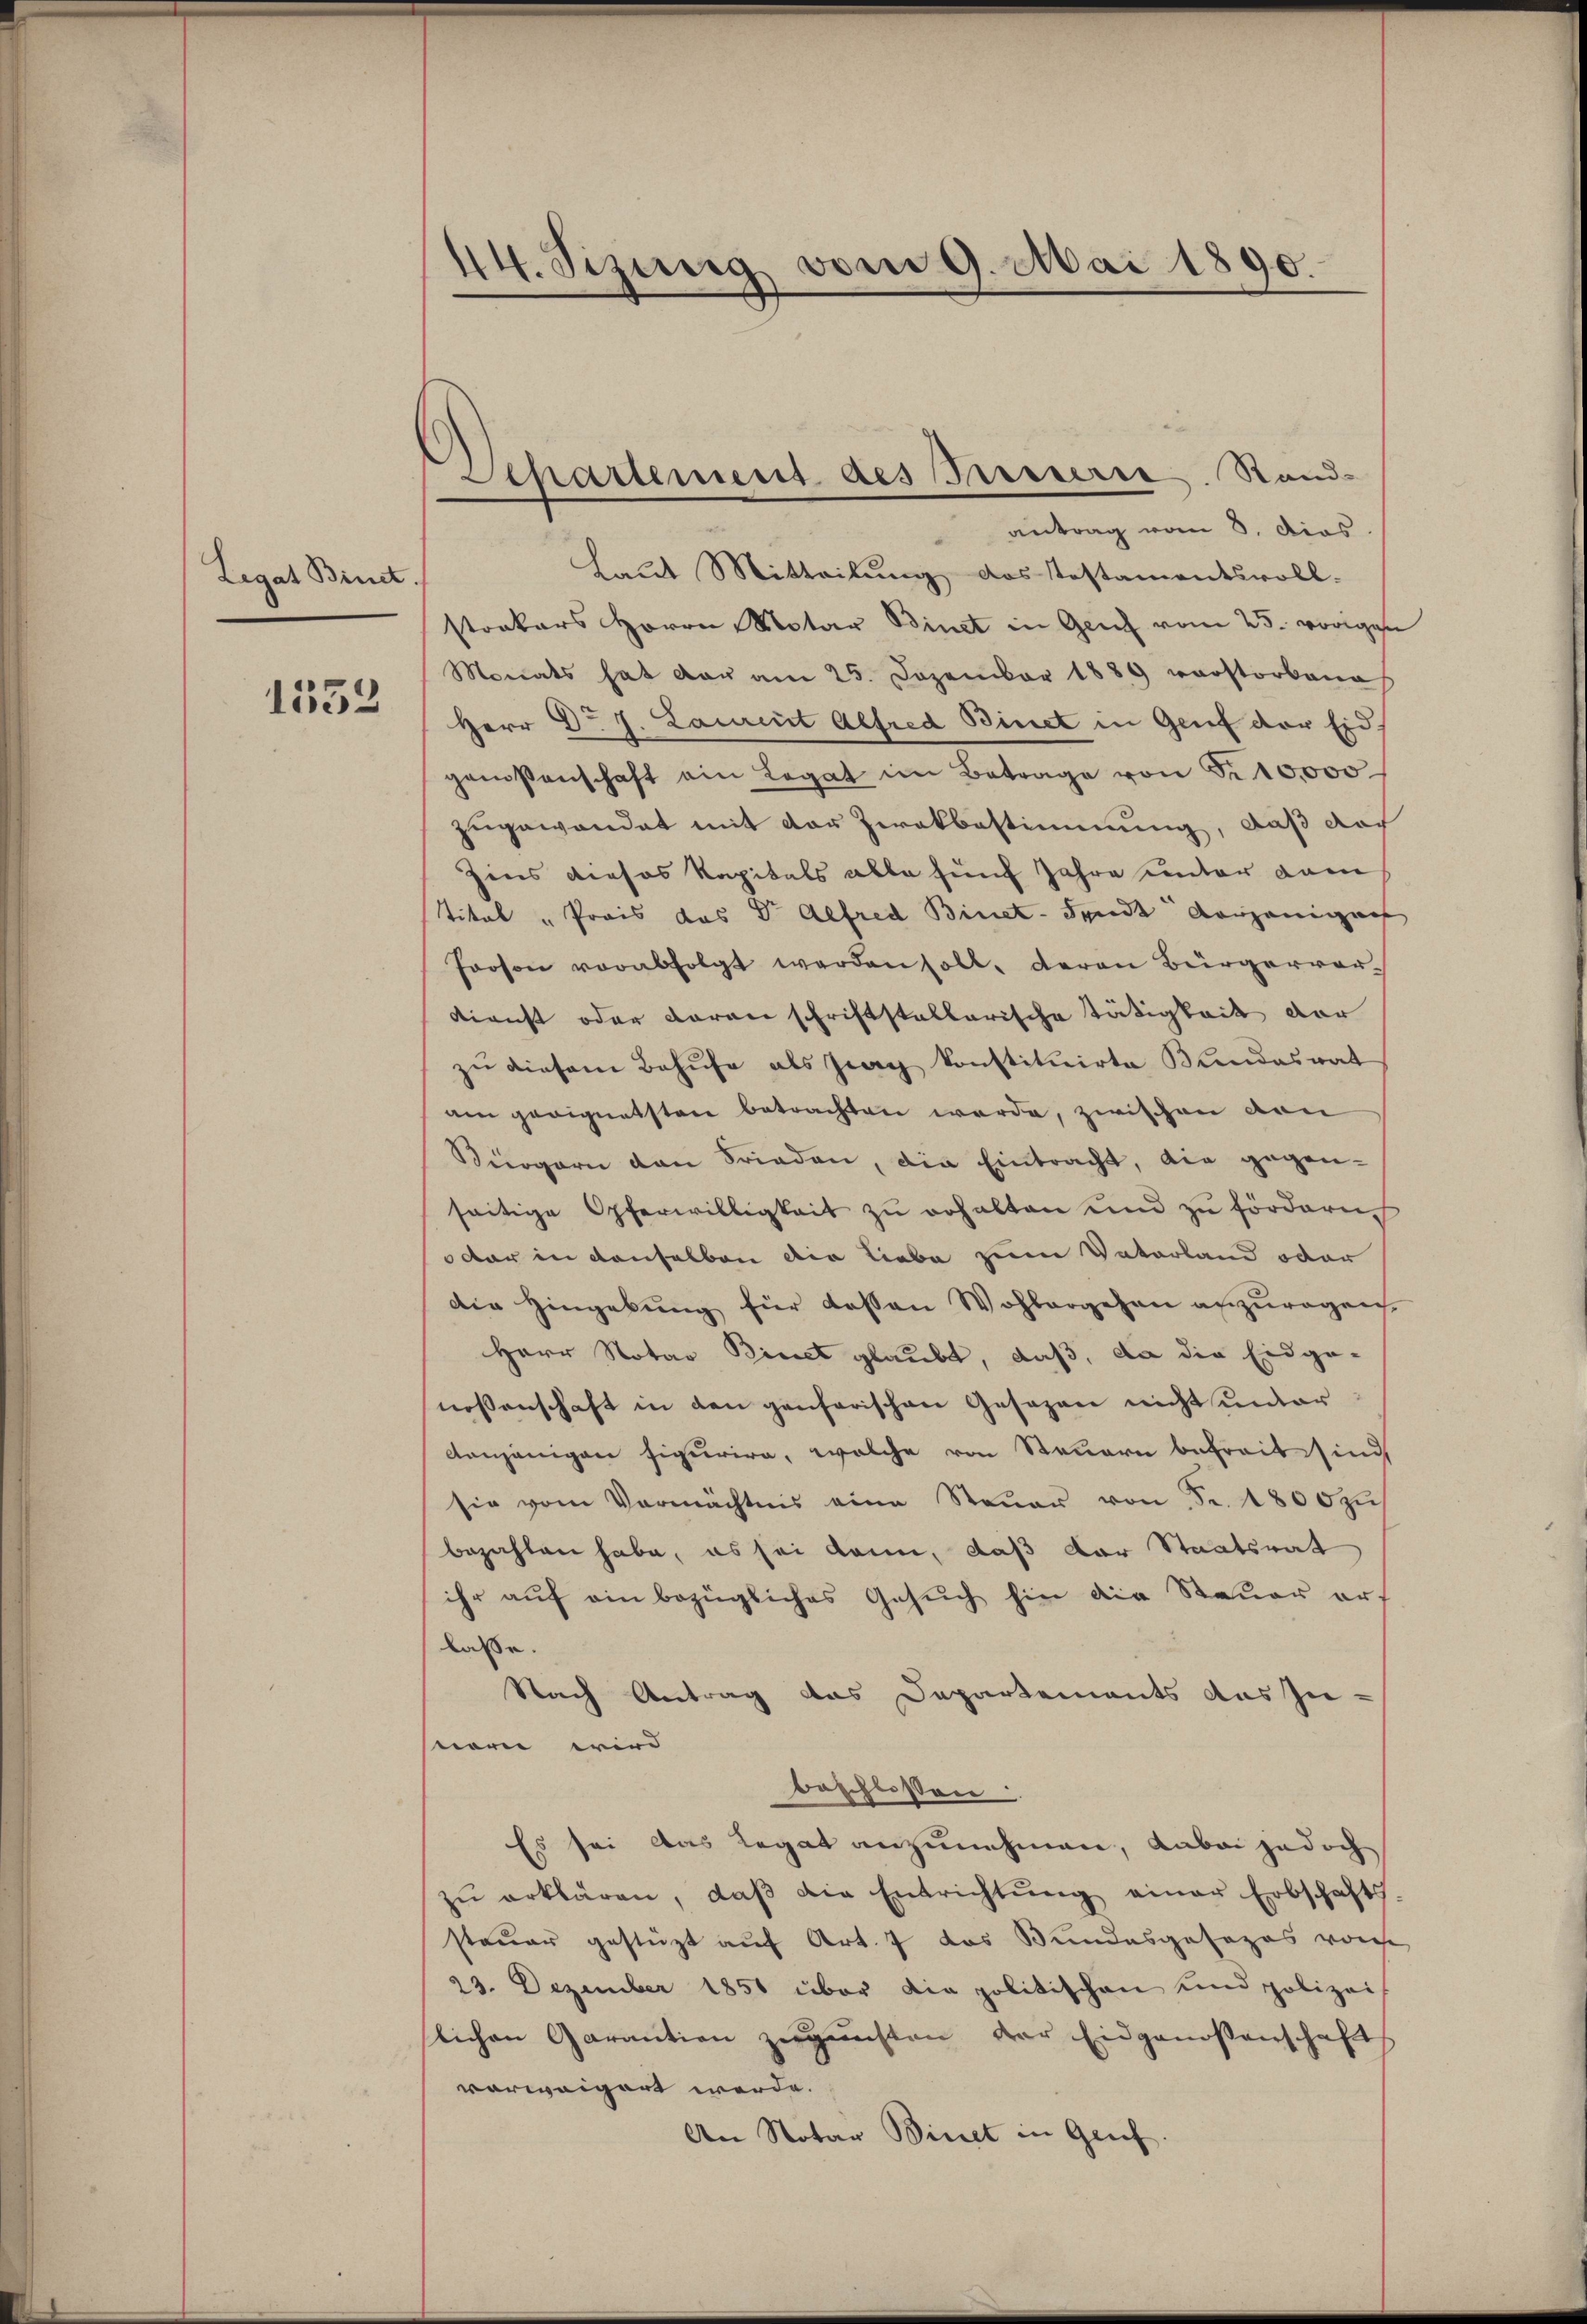
Legat Binct.

1552

44. Sizung vom 9. Mai 1890.

Separtement des Innerie. Stand-
antrag vom 3. Dies

Laut Mitteilung das Testamentsvoll-
stockers Herrn Notar Binet in Genf vom 25. vorigen
Morats hat der am 25. Dezember 1889 verstorbene
Herr Dr J. Laurent Alfred Binet in Genf der Eid
genoßenschaft ein Legat im Betrage von Fr. 10,000
zugewandet mit der Zwekbestimmung, daß der
Zins dieses Kapitals alle fünf Jahre unter dam
Titel „Prois das Dr Alfred Binet-Fende derjenigens
Person vorabfolgt werden soll, deren Bürgervor-
Dienst oder daran schriftstallarische Tätigkeit der
zu diesem Behufe als Frag konstituirte Bundesrat
am geeignetsten betrachten werde, zwischen von
Bürgern den Frieden, die Eintracht, die gegen-
seitige Opferwilligkeit zu erhalten und zu fördern
oder in denselben die liebe zum Vaterland oder
die Hingebung für dassen Wohlergehen anzuragen
Herr Notar Biret glaubt, daß, da die Eidge-
nossenschaft in den genferischen Gesezen nicht unter
denjenigen figurira, welche von Steuern befreit sind
sie vom Vermächtnis eine Steŭer von Fr. 1800 zŭs
bezahlen habe, es sei kann, daß der Staatsrat
ihr aŭf ein bezügliches Gesŭch hin die Steuer ers
lasse.
Nach Antrag das Departements das Zu-
nern wird
beschlossen:
Es sei das Legat anzunehmen, dabei jedoch
zŭ erklären, daβ die Entrichtŭng einer Erbschafts
steuer gestüzt auf Art. 7 das Bundesgesezes von
23. Dezember 1851 über die politischen und polizei
lichen Garantien zŭgŭnsten der Eidgenossenschaft
vorweigert werde.
An Notar Binet in Gruf